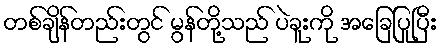
တစ်ချိန်တည်းတွင် မွန်တို့သည် ပဲခူးကို အခြေပြုပြီး